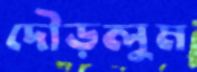
দৌড়লুম